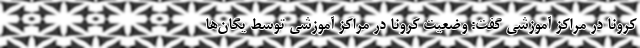
کرونا در مراکز آموزشی گفت: وضعیت کرونا در مراکز آموزشی توسط یگان‌ها